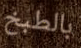
بالطبخ